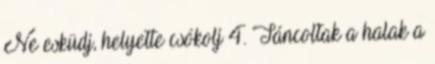
Ne esküdj, helyette csókolj 4. Táncoltak a halak a